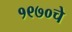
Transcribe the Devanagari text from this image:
१९७०चे